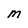
Character: M